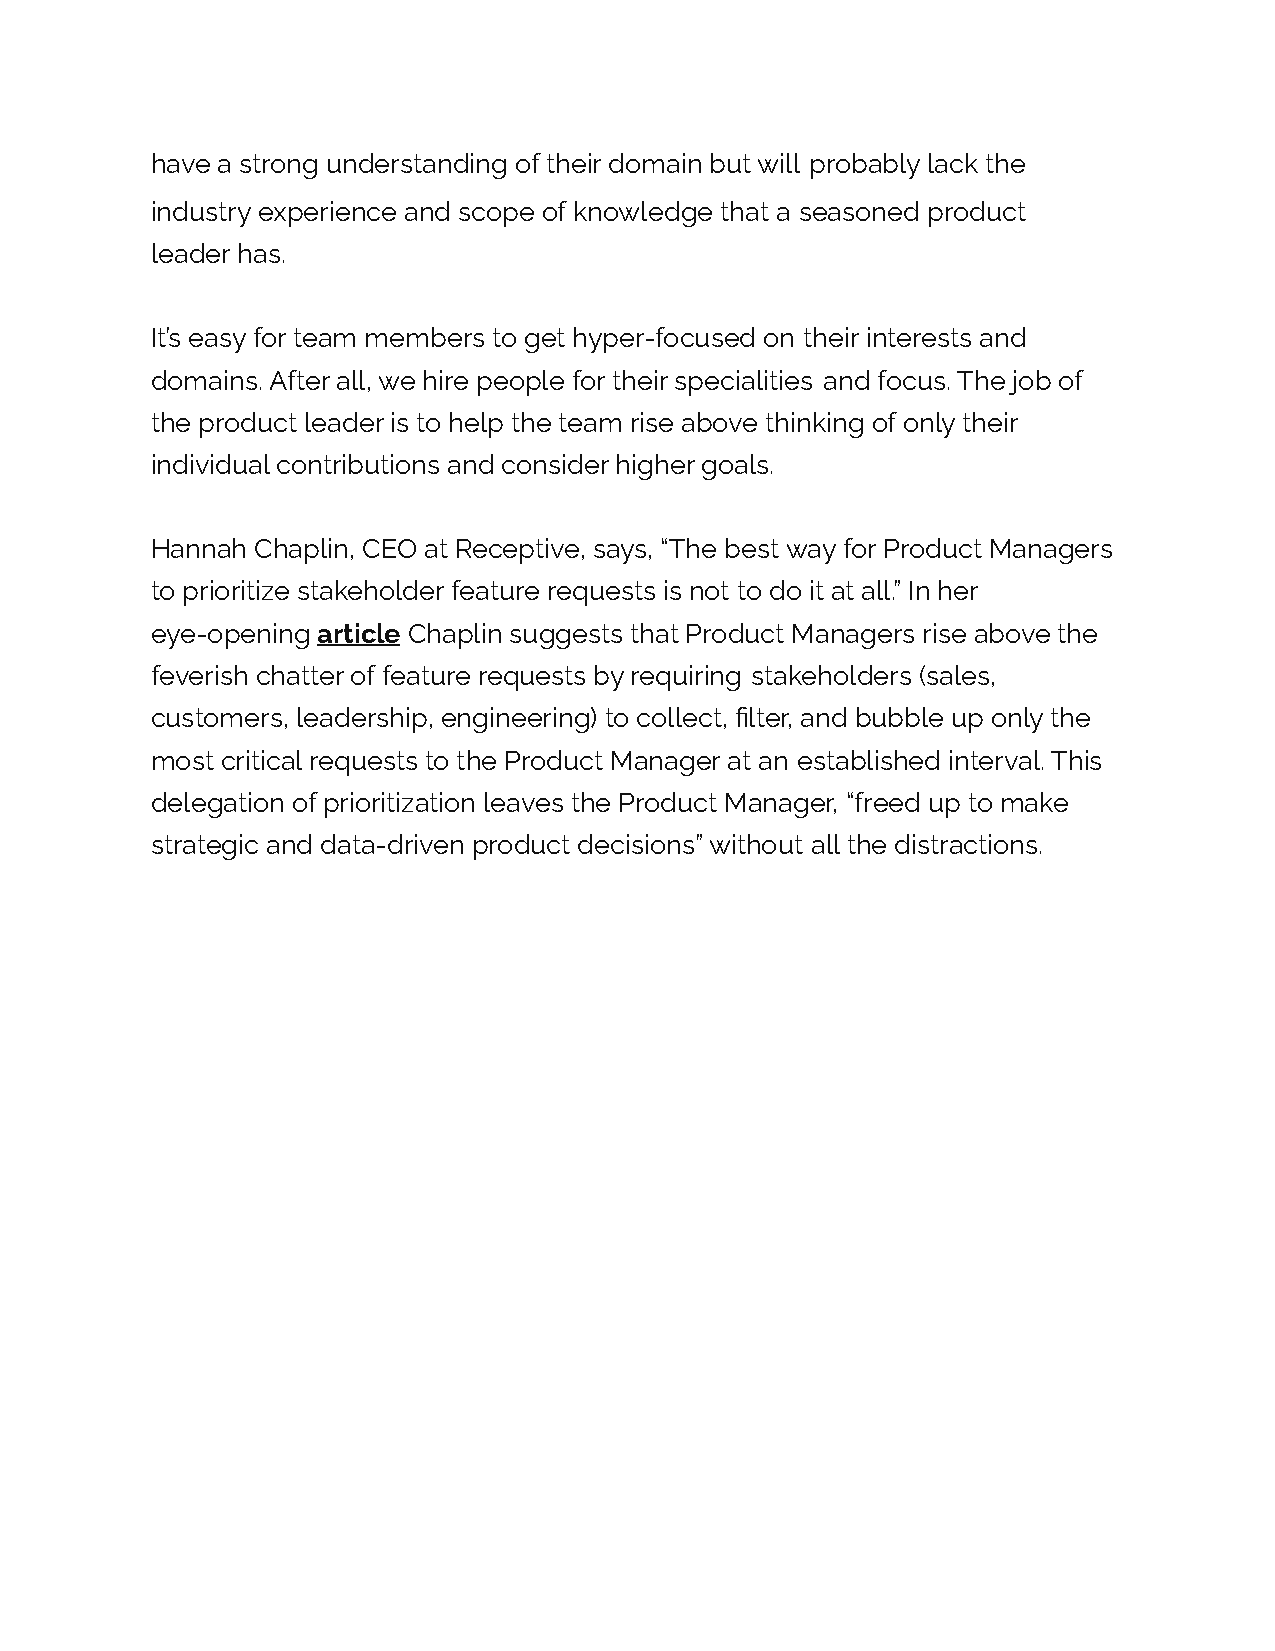
have a strong understanding of their domain but will probably lack the
 industry experience and scope of knowledge that a seasoned product
 leader has.
 It’s easy for team members to get hyper-focused on their interests and
 domains. After all, we hire people for their specialities and focus. The job of
 the product leader is to help the team rise above thinking of only their
 individual contributions and consider higher goals.
 Hannah Chaplin, CEO at Receptive, says, “The best way for Product Managers
 to prioritize stakeholder feature requests is not to do it at all.” In her
 eye-opening article Chaplin suggests that Product Managers rise above the
 feverish chatter of feature requests by requiring stakeholders (sales,
 customers, leadership, engineering) to collect, filter, and bubble up only the
 most critical requests to the Product Manager at an established interval. This
 delegation of prioritization leaves the Product Manager, “freed up to make
 strategic and data-driven product decisions” without all the distractions.